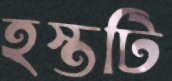
হস্তটি